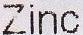
ZINC